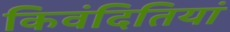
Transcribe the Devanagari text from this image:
किवंदितियां